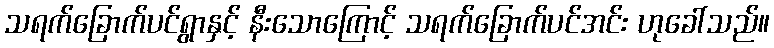
သရက်ခြောက်ပင်ရွာနှင့် နီးသောကြောင့် သရက်ခြောက်ပင်အင်း ဟုခေါ်သည်။